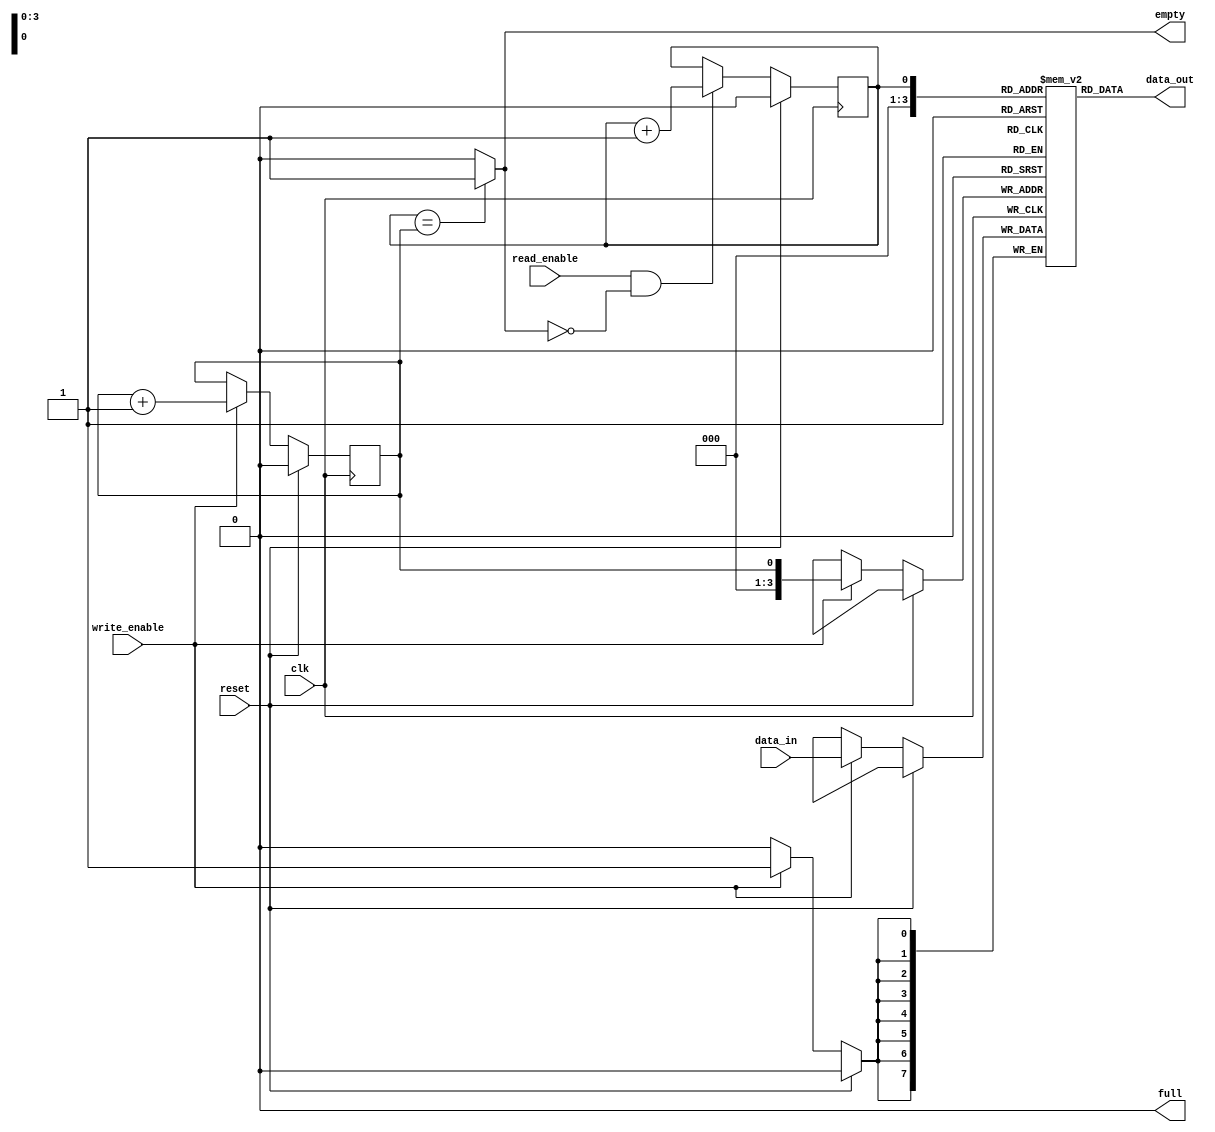
module non_blocking_fifo (
    input wire clk,
    input wire reset,
    input wire write_enable,
    input wire read_enable,
    input wire [DATA_WIDTH-1:0] data_in,
    output reg [DATA_WIDTH-1:0] data_out,
    output reg full,
    output reg empty
);

parameter DATA_WIDTH = 8;
parameter DEPTH = 16;

reg [DATA_WIDTH-1:0] fifo [0:DEPTH-1];
reg read_ptr = 0;
reg write_ptr = 0;
reg prev_read_enable = 0;
reg prev_write_enable = 0;

assign data_out = fifo[read_ptr];
assign full = (write_ptr == DEPTH) ? 1'b1 : 1'b0;
assign empty = (read_ptr == write_ptr) ? 1'b1 : 1'b0;

always @(posedge clk) begin
    if (reset) begin
        read_ptr <= 0;
        write_ptr <= 0;
    end else begin
        if (write_enable && !full) begin
            fifo[write_ptr] <= data_in;
            write_ptr <= write_ptr + 1;
        end

        if (read_enable && !empty) begin
            read_ptr <= read_ptr + 1;
        end
    end
end

endmodule